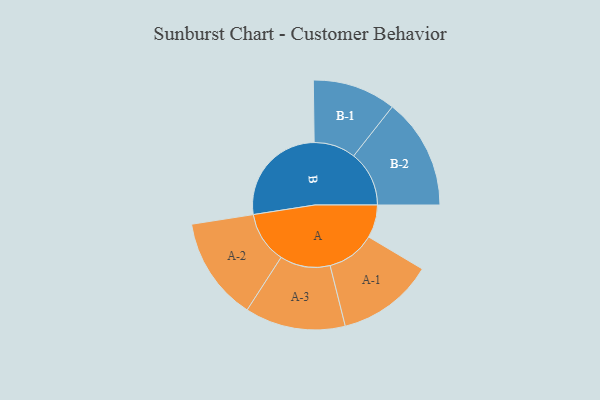
{"axis": {"x": "Segment", "y": "Value"}, "legend": ["", "A", "B"], "data": [{"x": "A", "y": 139, "type": ""}, {"x": "B", "y": 443, "type": ""}, {"x": "A-1", "y": 204, "type": "A"}, {"x": "A-2", "y": 218, "type": "A"}, {"x": "A-3", "y": 212, "type": "A"}, {"x": "B-1", "y": 176, "type": "B"}, {"x": "B-2", "y": 234, "type": "B"}]}